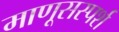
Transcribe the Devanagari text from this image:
माणूसस्पर्श